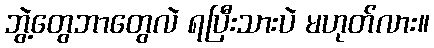
ဘွဲ့တွေဘာတွေလဲ ရပြီးသားပဲ မဟုတ်လား။